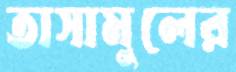
তাসামুলের